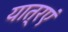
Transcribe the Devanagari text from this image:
यात्रएं